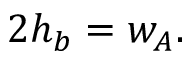
2 h _ { b } = w _ { A } .